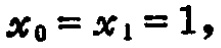
$x_{0}=x_{1}=1,$